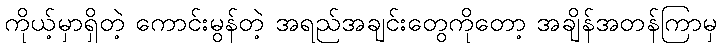
ကိုယ့်မှာရှိတဲ့ ကောင်းမွန်တဲ့ အရည်အချင်းတွေကိုတော့ အချိန်အတန်ကြာမှ